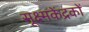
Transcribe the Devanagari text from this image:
सूक्ष्मकेंद्रकों